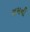
રામની